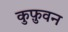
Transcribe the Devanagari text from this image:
कुफ़ुवन